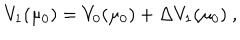
LaTeX: V _ { 1 } ( \mu _ { 0 } ) = V _ { 0 } ( \mu _ { 0 } ) + { \Delta } V _ { 1 } ( \mu _ { 0 } ) \ ,